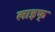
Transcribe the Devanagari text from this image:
लाइफ्